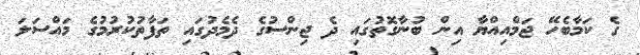
ގެ ކަމާބެހޭ ޖަމްއިއްޔާ އިން ބުނާގޮތުގައި ދެ ޖިންސުގެ ދެމެދުގައި ތަފާތުކުރުމުގެ މައްސަލަ